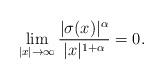
LaTeX: \begin{align*}\lim_{|x| \to \infty} \frac{|\sigma(x)|^{\alpha}}{|x|^{1+\alpha}} = 0. \end{align*}